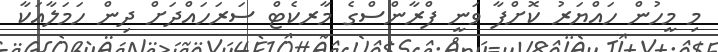
މި މީހުން ހައްޔަރު ކޮށްފާ ވަނީ ފްރާންސްގެ މާރކެޓް ސަރަހައްދަށް ދިން ހަމަލާއަކާ